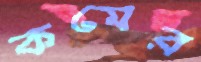
কমের